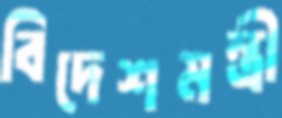
বিদেশমন্ত্রী